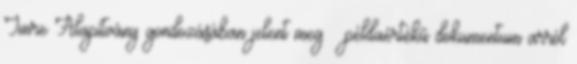
Imre Alapítvány gondozásában jelent meg – példaértékű dokumentum arról